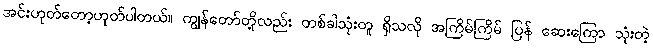
အင်းဟုတ်တော့ဟုတ်ပါတယ်။ ကျွန်တော်တို့လည်း တစ်ခါသုံးတူ ရှိသလို အကြိမ်ကြိမ် ပြန် ဆေးကြော သုံးတဲ့